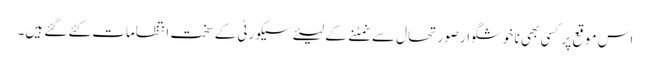
اس موقع پر کسی بھی نا خوشگوار صورتحال سے نمٹنے کے لیئے سیکورٹی کے سخت انتظامات کئے گئے ہیں۔